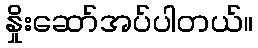
နှိုးဆော်အပ်ပါတယ်။